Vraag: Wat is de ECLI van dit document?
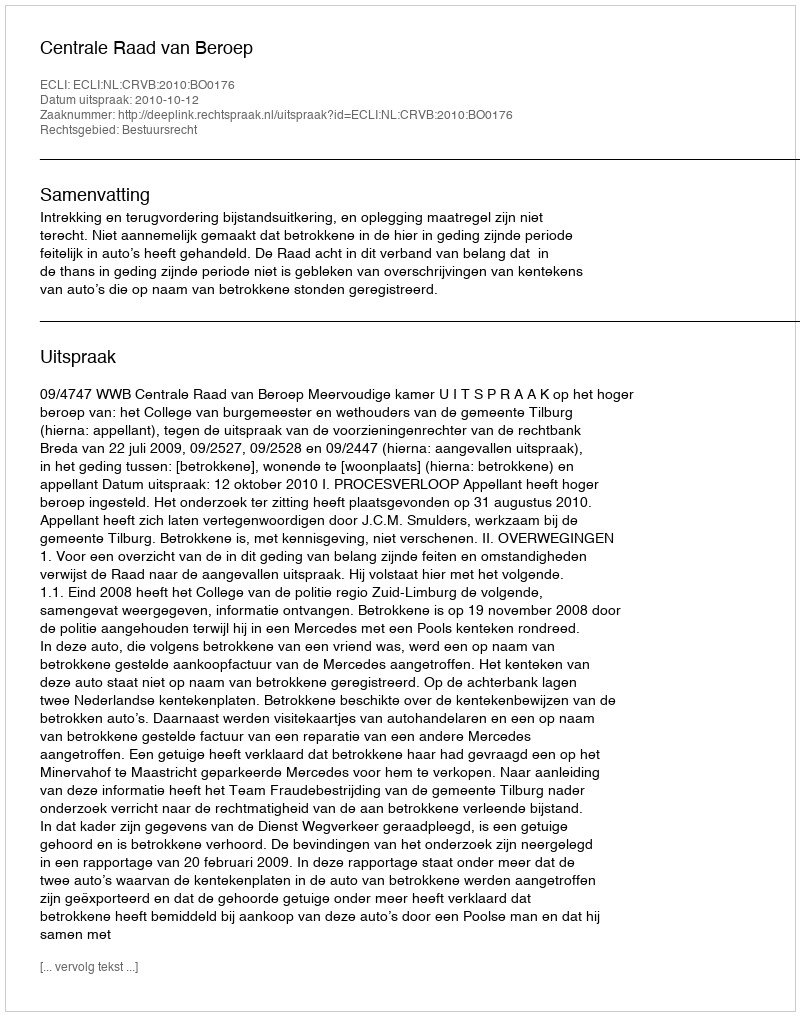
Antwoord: ECLI:NL:CRVB:2010:BO0176